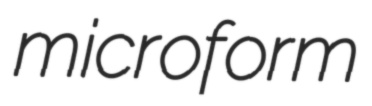
microform